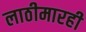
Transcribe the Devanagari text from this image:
लाठीमारही